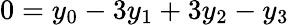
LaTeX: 0=y_{0}-3y_{1}+3y_{2}-y_{3}